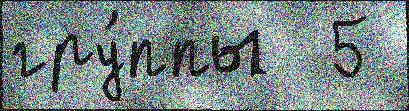
гру́ппы  5